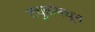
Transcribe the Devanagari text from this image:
ट्युबांमधून